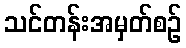
သင်တန်းအမှတ်စဉ်